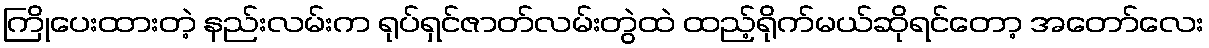
ကြိုပေးထားတဲ့ နည်းလမ်းက ရုပ်ရှင်ဇာတ်လမ်းတွဲထဲ ထည့်ရိုက်မယ်ဆိုရင်တော့ အတော်လေး